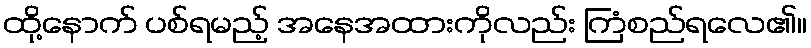
ထို့နောက် ပစ်ရမည့် အနေအထားကိုလည်း ကြံစည်ရလေ၏။